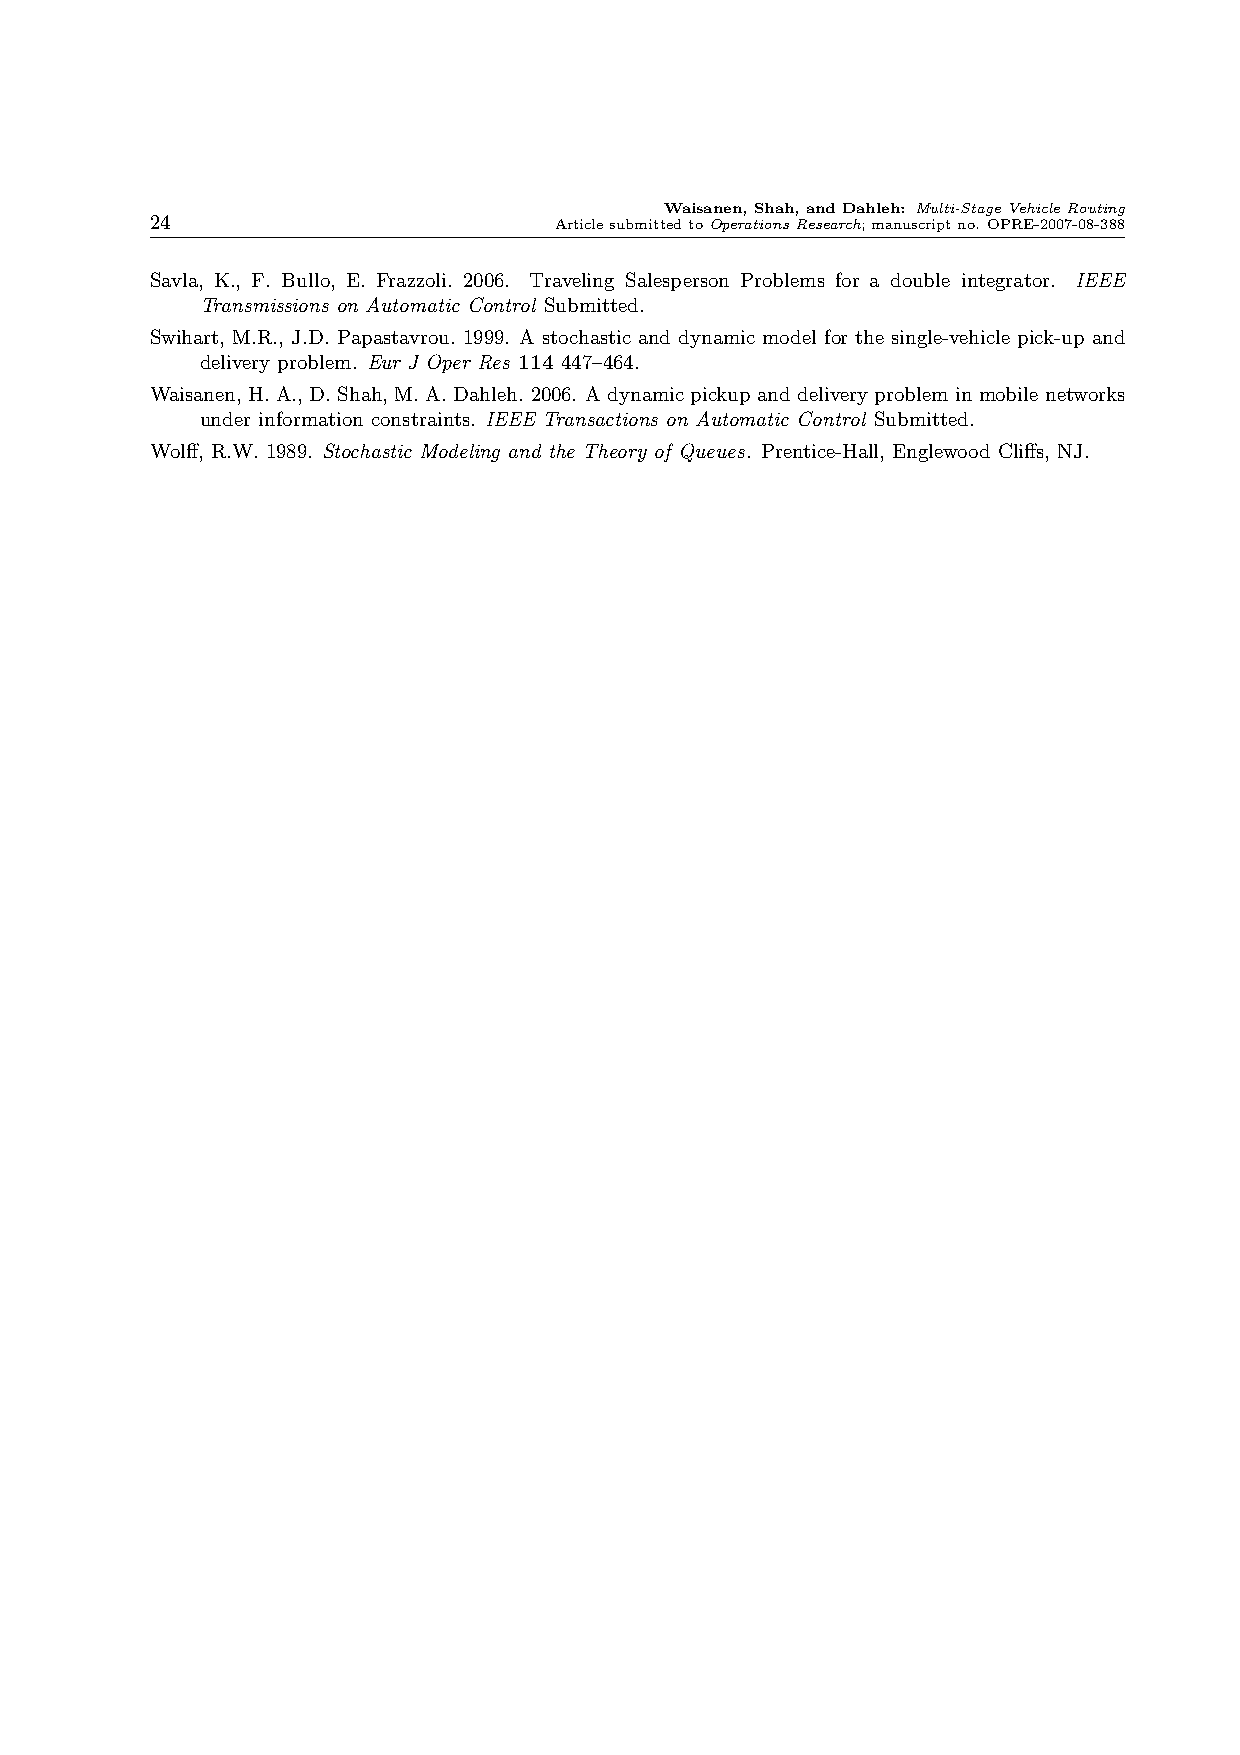
Waisanen, Shah, and Dahleh: Multi-StageVehicleRouting
 24                         ArticlesubmittedtoOperationsResearch;manuscriptno. OPRE-2007-08-388
 Savla, K., F. Bullo, E. Frazzoli. 2006. Traveling Salesperson Problems for a double integrator. IEEE
 Transmissions on Automatic Control Submitted.
 Swihart, M.R., J.D. Papastavrou. 1999. A stochastic and dynamic model for the single-vehicle pick-up and
 delivery problem. Eur J Oper Res 114 447–464.
 Waisanen, H. A., D. Shah, M. A. Dahleh. 2006. A dynamic pickup and delivery problem inmobile networks
 under information constraints. IEEE Transactions on Automatic Control Submitted.
 Wolff, R.W. 1989. Stochastic Modeling and the Theory of Queues. Prentice-Hall, Englewood Cliffs, NJ.